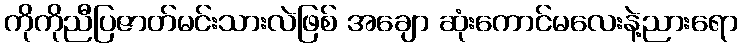
ကိုကိုညီပြဇာတ်မင်းသားလဲဖြစ် အချော ဆုံးကောင်မလေးနဲ့ညားရော